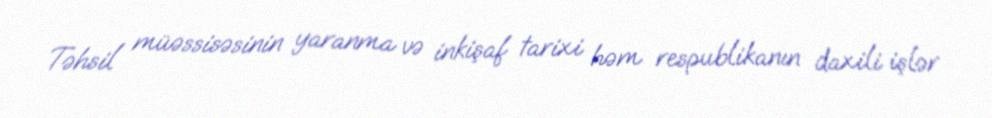
Təhsil müəssisəsinin yaranma və inkişaf tarixi həm respublikanın daxili işlər